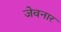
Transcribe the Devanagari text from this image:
जेवनार